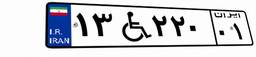
۱۳W۵۹۳۷۳